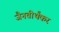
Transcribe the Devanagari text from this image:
जैनतीर्थंकर